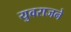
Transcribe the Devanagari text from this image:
युवराजने